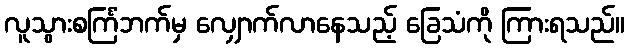
လူသွားစင်္ကြံဘက်မှ လျှောက်လာနေသည့် ခြေသံကို ကြားရသည်။